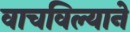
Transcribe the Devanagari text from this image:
वाचविल्याने